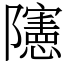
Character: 䧮